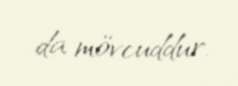
da mövcuddur.